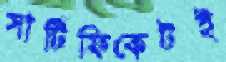
সার্টিফিকেটই